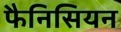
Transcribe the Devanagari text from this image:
फैनिसियन